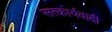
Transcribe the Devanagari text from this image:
सत्कार्यवादी